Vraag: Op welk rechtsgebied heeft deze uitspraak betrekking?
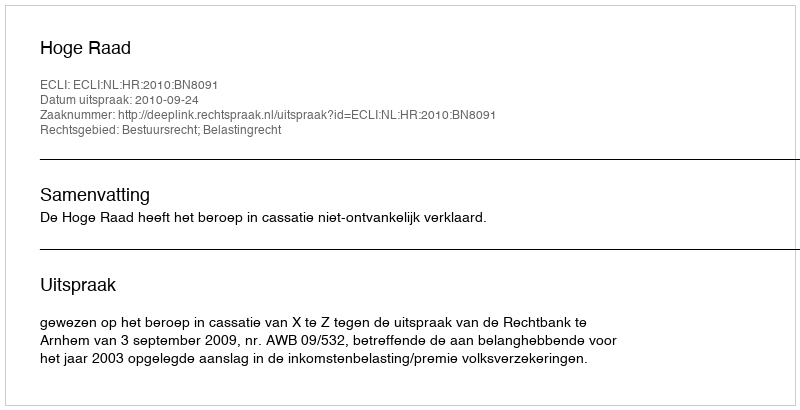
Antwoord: Bestuursrecht; Belastingrecht